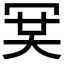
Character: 𠖉